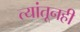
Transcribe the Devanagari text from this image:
त्यांतूनही